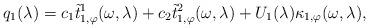
LaTeX: \begin{align*} q_1(\lambda) = c_1 \tilde{t}_{1,\varphi}^1(\omega, \lambda) + c_2 \tilde{t}_{1,\varphi}^2(\omega, \lambda) + U_1(\lambda) \kappa_{1,\varphi}(\omega,\lambda), \end{align*}